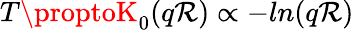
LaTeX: T\proptoK_{0}(q\mathcal{R})\propto-ln(q\mathcal{R})